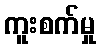
ကူးစက်မှု